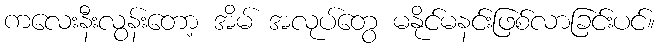
ကလေးနီးလွန်းတော့ အိမ် အလုပ်တွေ မနိုင်မနင်းဖြစ်လာခြင်းပင်။